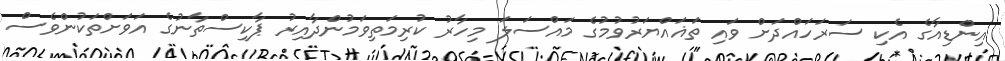
އިންޑިއާގެ އެކި ސަރަހައްދަށް ވައި ތަޣައްޔަރުވުމުގެ މައްސަލަ މިހާރު ކުރިމަތިވަމުންދާއިރު ޕާކިސްތާނުގެ އަވަށްތަކުންވެސް